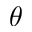
\theta